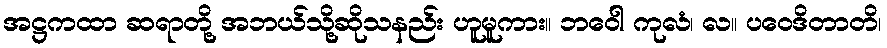
အဋ္ဌကထာ ဆရာတို့ အဘယ်သို့ဆိုသနည်း ဟူမူကား။ ဘဝေါ ကုလံ၊ လ။ ပဝေဒိတာတိ၊